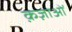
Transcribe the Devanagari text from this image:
क़ज़ाओं